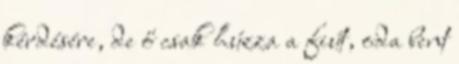
kérdésére, de ő csak húzza a fiút, oda bent